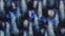
خطوتين